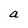
Character: a